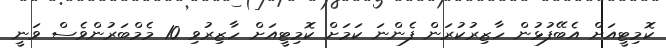
ކޮމިޓީއަށް އެބޭފުޅުން ހާޒިރުކުރަން ފެންނަ ކަމަށް ކޮމިޓީއަށް ހާޒިރުވި 10 މެމްބަރުންވެސް ވަނީ